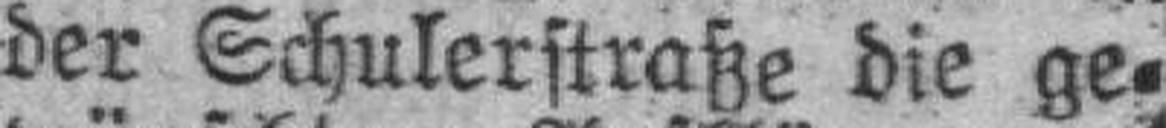
der Schulerstraße die ge¬